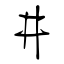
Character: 井